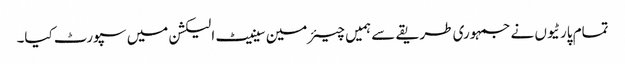
تمام پارٹیوں نے جمہوری طریقے سے ہمیں چیئرمین سینیٹ الیکشن میں سپورٹ کیا۔